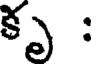
కృ :